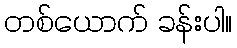
တစ်ယောက် ခန်းပါ။